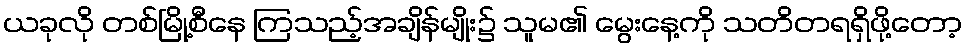
ယခုလို တစ်မြို့စီနေ ကြသည့်အချိန်မျိုး၌ သူမ၏ မွေးနေ့ကို သတိတရရှိဖို့တော့